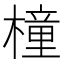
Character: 橦